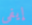
إيفي